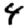
Digit: 4